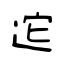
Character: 迱